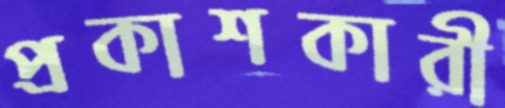
প্রকাশকারী